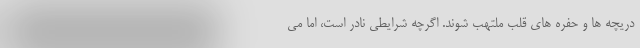
دریچه ها و حفره های قلب ملتهب شوند. اگرچه شرایطی نادر است، اما می